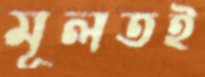
মূলতই